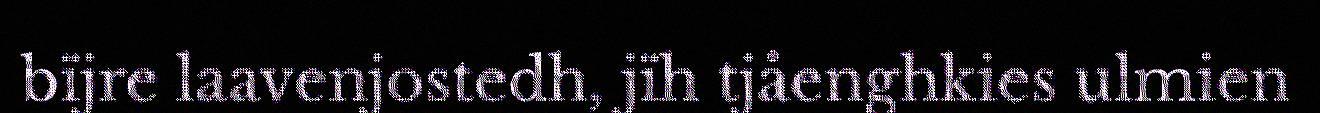
bïjre laavenjostedh, jïh tjåenghkies ulmien